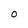
Character: 0